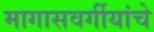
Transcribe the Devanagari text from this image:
मागासवर्गीयांचे